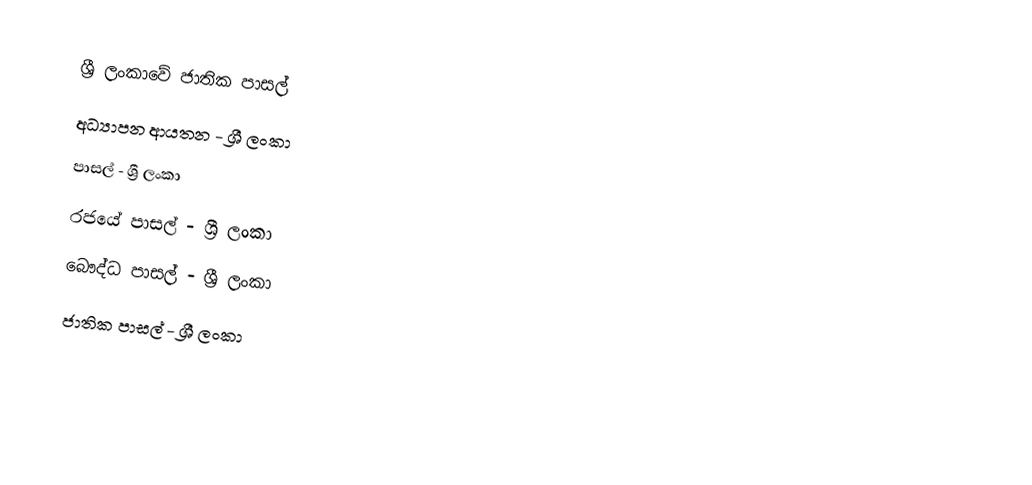
ශ්‍රී ලංකාවේ ජාතික පාසල්
අධ්‍යාපන ආයතන - ශ්‍රී ලංකා
පාසල් - ශ්‍රී ලංකා
රජයේ පාසල් - ශ්‍රී ලංකා
බෞද්ධ පාසල් - ශ්‍රී ලංකා
ජාතික පාසල් - ශ්‍රී ලංකා